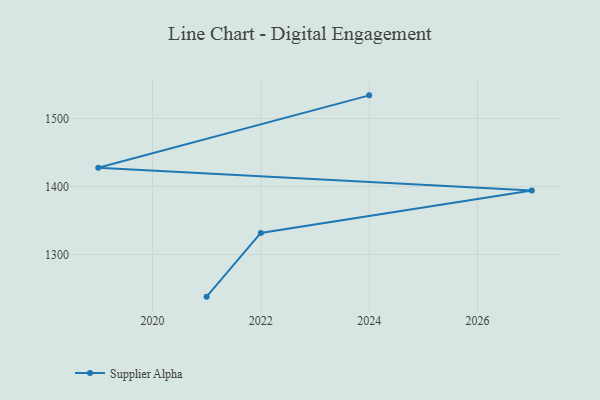
{"axis": {"x": "Year", "y": "Churn Rate (%)"}, "legend": ["Supplier Alpha"], "data": [{"x": "2024", "y": 1534.1, "type": "Supplier Alpha"}, {"x": "2019", "y": 1427.7, "type": "Supplier Alpha"}, {"x": "2027", "y": 1394.0, "type": "Supplier Alpha"}, {"x": "2022", "y": 1331.7, "type": "Supplier Alpha"}, {"x": "2021", "y": 1238.0, "type": "Supplier Alpha"}]}